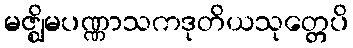
မဇ္ဈိမပဏ္ဏာသကဒုတိယသုတ္တေပိ